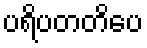
ပရိပတတိပေ